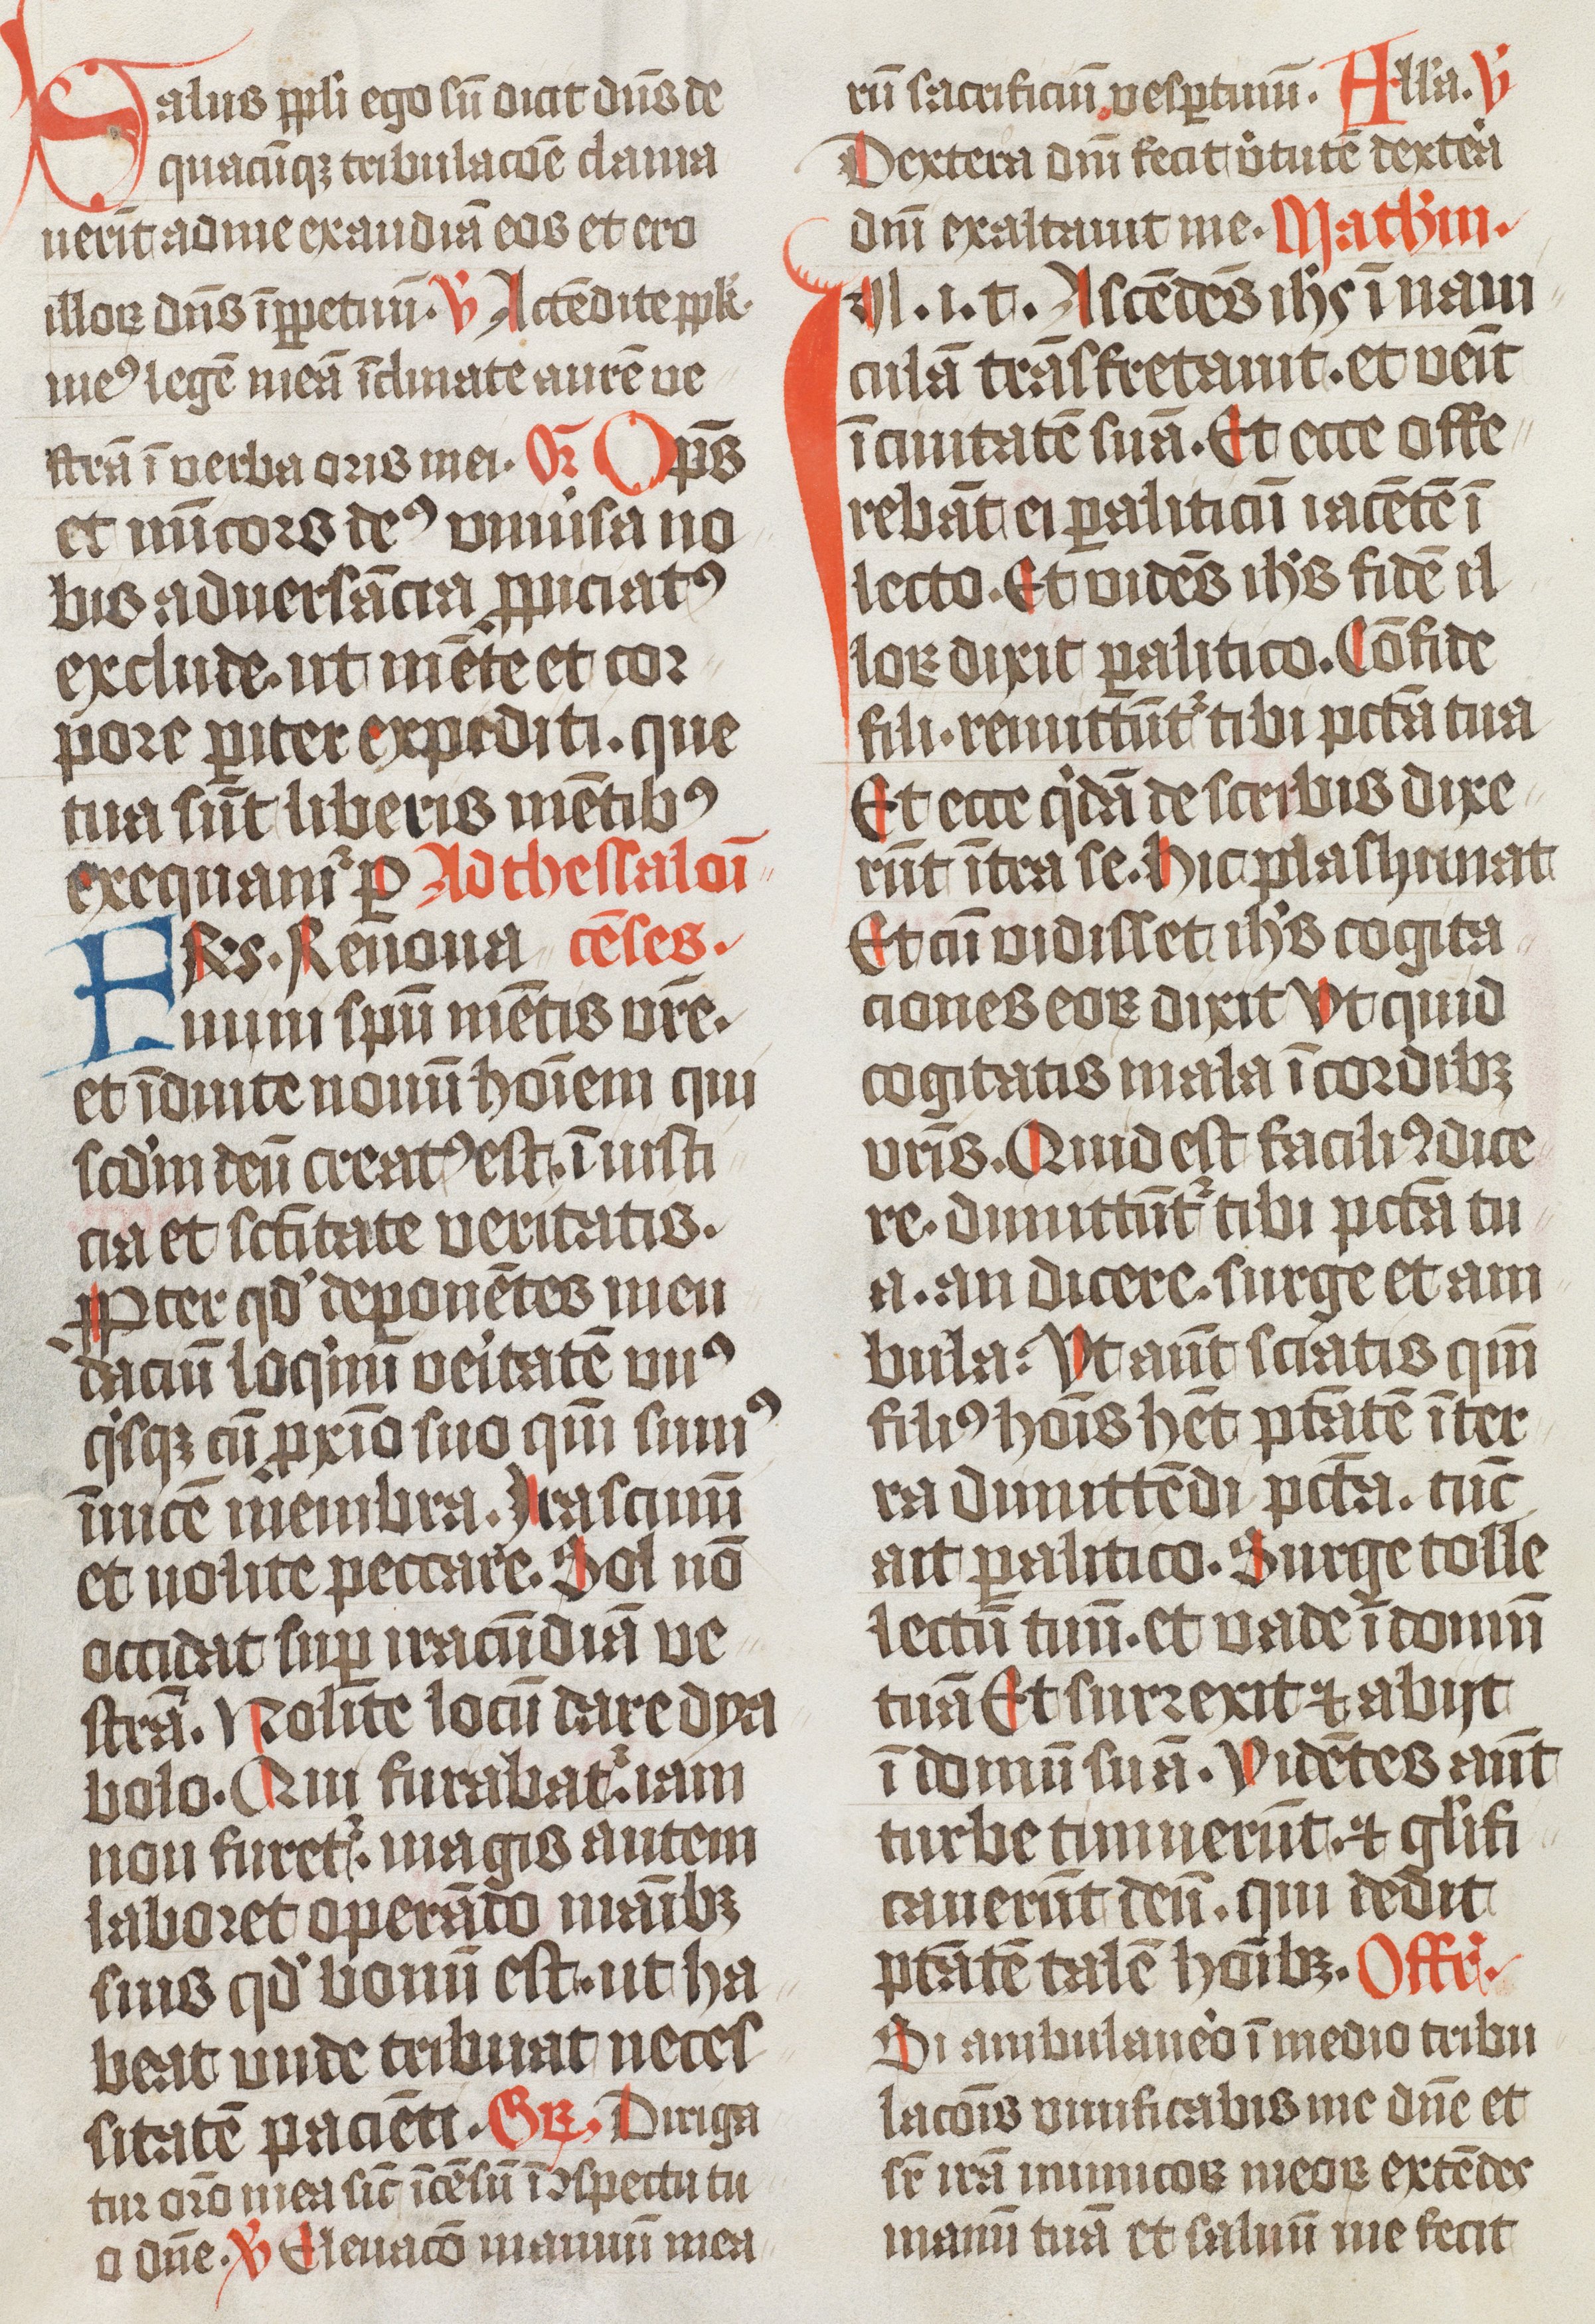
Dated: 1474–1476